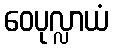
ဝေပုလ္လာယံ